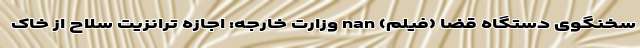
سخنگوی دستگاه قضا (فیلم) nan وزارت خارجه: اجازه ترانزیت سلاح از خاک